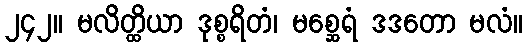
၂၄၂။ မလိတ္ထိယာ ဒုစ္စရိတံ၊ မစ္ဆေရံ ဒဒတော မလံ။